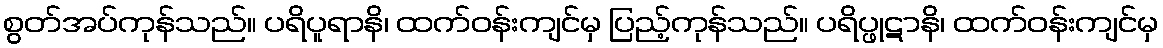
စွတ်အပ်ကုန်သည်။ ပရိပူရာနိ၊ ထက်ဝန်းကျင်မှ ပြည့်ကုန်သည်။ ပရိပ္ဖုဋာနိ၊ ထက်ဝန်းကျင်မှ